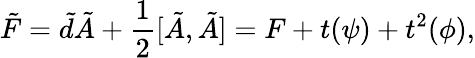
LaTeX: \tilde{F}=\tilde{d}\tilde{A}+\frac{1}{2}[\tilde{A},\tilde{A}]=F+t(\psi)+t^{2}(\phi),